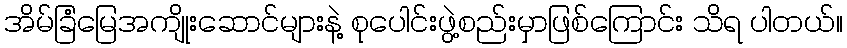
အိမ်ခြံမြေအကျိုးဆောင်များနဲ့ စုပေါင်းဖွဲ့စည်းမှာဖြစ်ကြောင်း သိရ ပါတယ်။